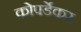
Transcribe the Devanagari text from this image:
कोपर्डेकर